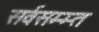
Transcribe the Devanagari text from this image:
सर्वसम्म्त